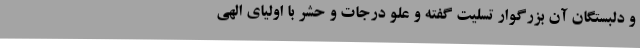
و دلبستگان آن بزرگوار تسلیت گفته و علو درجات و حشر با اولیای الهی